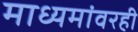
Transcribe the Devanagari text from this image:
माध्यमांवरही